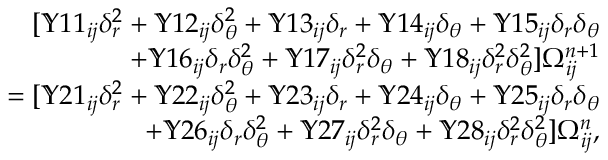
\begin{array} { r } { [ \mathbb { Y } 1 1 _ { i j } \delta _ { r } ^ { 2 } + \mathbb { Y } 1 2 _ { i j } \delta _ { \theta } ^ { 2 } + \mathbb { Y } 1 3 _ { i j } \delta _ { r } + \mathbb { Y } 1 4 _ { i j } \delta _ { \theta } + \mathbb { Y } 1 5 _ { i j } \delta _ { r } \delta _ { \theta } } \\ { + \mathbb { Y } 1 6 _ { i j } \delta _ { r } \delta _ { \theta } ^ { 2 } + \mathbb { Y } 1 7 _ { i j } \delta _ { r } ^ { 2 } \delta _ { \theta } + \mathbb { Y } 1 8 _ { i j } \delta _ { r } ^ { 2 } \delta _ { \theta } ^ { 2 } ] \Omega _ { i j } ^ { n + 1 } } \\ { = [ \mathbb { Y } 2 1 _ { i j } \delta _ { r } ^ { 2 } + \mathbb { Y } 2 2 _ { i j } \delta _ { \theta } ^ { 2 } + \mathbb { Y } 2 3 _ { i j } \delta _ { r } + \mathbb { Y } 2 4 _ { i j } \delta _ { \theta } + \mathbb { Y } 2 5 _ { i j } \delta _ { r } \delta _ { \theta } } \\ { + \mathbb { Y } 2 6 _ { i j } \delta _ { r } \delta _ { \theta } ^ { 2 } + \mathbb { Y } 2 7 _ { i j } \delta _ { r } ^ { 2 } \delta _ { \theta } + \mathbb { Y } 2 8 _ { i j } \delta _ { r } ^ { 2 } \delta _ { \theta } ^ { 2 } ] \Omega _ { i j } ^ { n } , } \end{array}